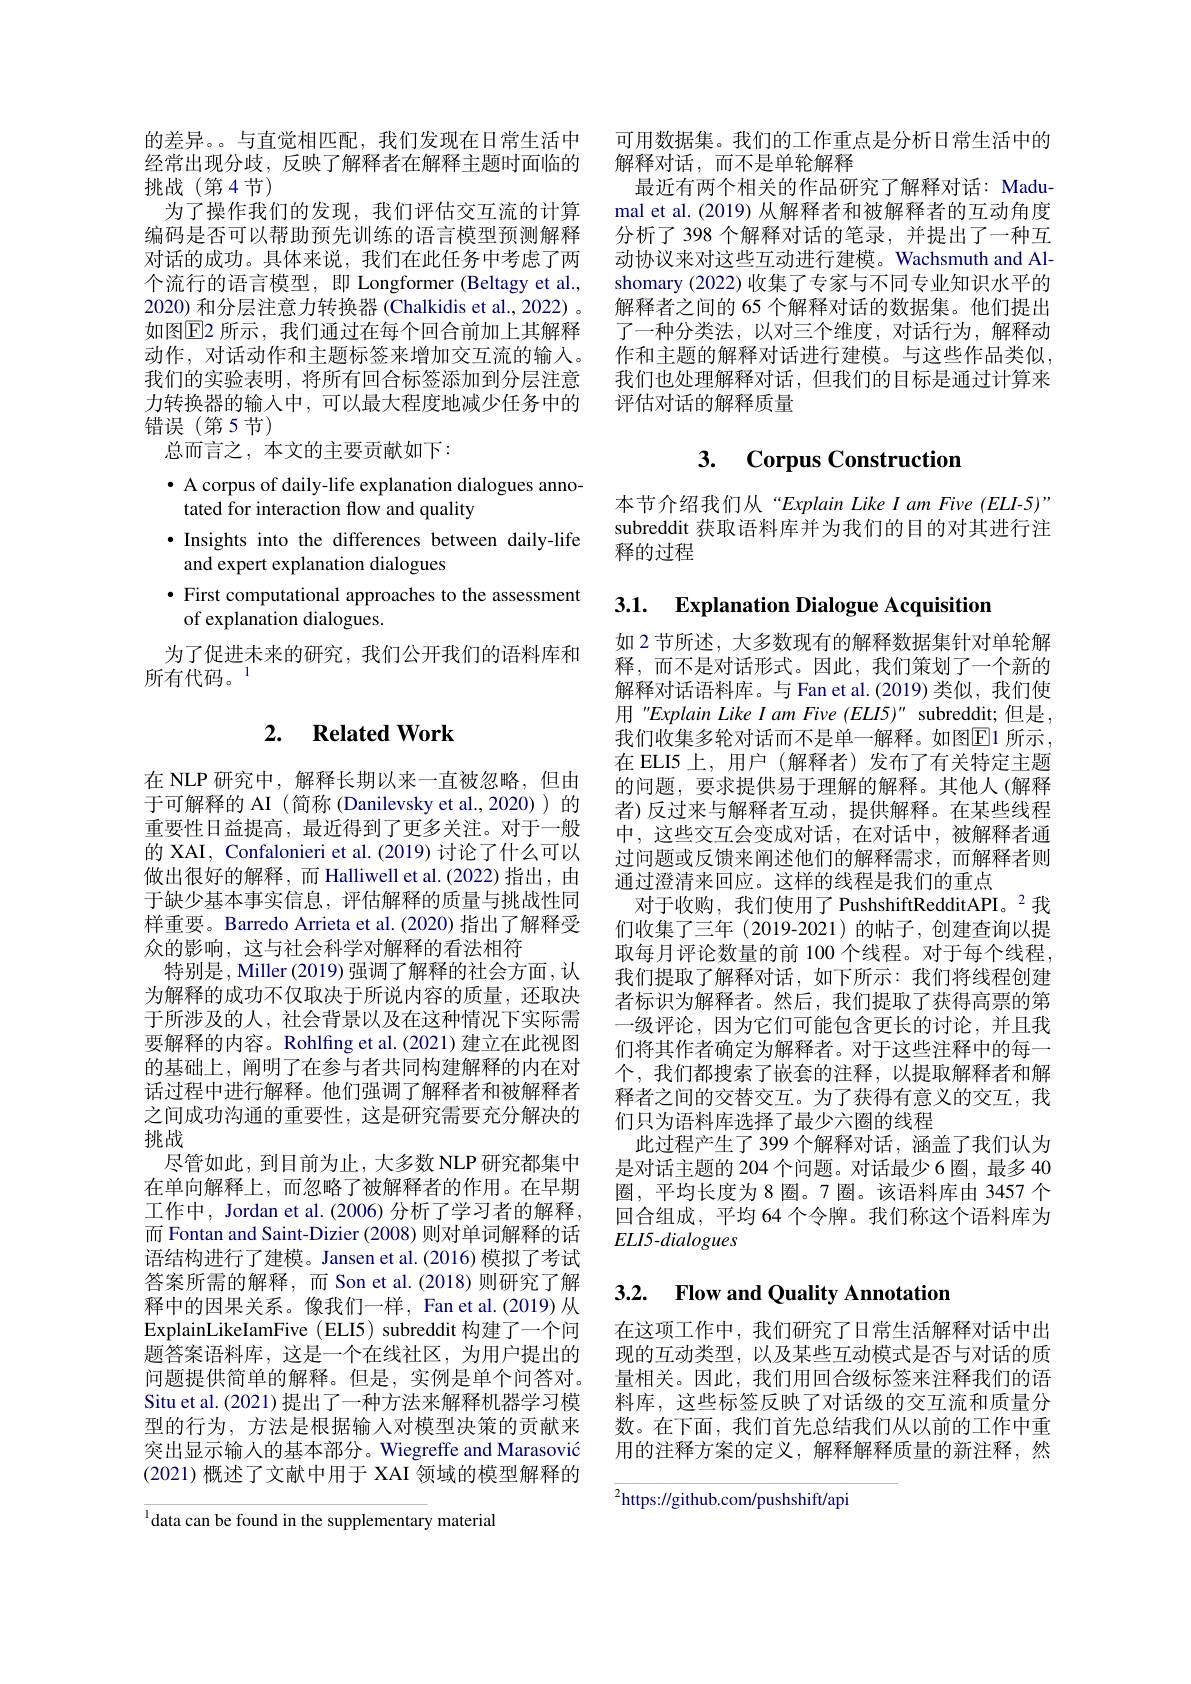
的差异。与直觉相匹配，我们发现在日常生活中经常出现分歧，反映了解释者在解释主题时面临的挑战(第4节)
为了操作我们的发现，我们评估交互流的计算编码是否可以帮助预先训练的语言模型预测解释对话的成功。具体来说，我们在此任务中考虑了两个流行的语言模型，即 Longformer (Beltagy et al., 2020) 和分层注意力转换器 (Chalkidis et al., 2022) 。如图$\overline{\mathbb{E}}$2 所示，我们通过在每个回合前加上其解释动作，对话动作和主题标签来增加交互流的输入。我们的实验表明，将所有回合标签添加到分层注意力转换器的输入中，可以最大程度地减少任务中的错误(第5节)
总而言之，本文的主要贡献如下：

$\bullet$ A corpus of daily-life explanation dialogues anno-
tated for interaction flow and quality
·Insights into the differences between daily-life
and expert explanation dialogues
$\bullet$ First computational approaches to the assessment
of explanation dialogues.
为了促进未来的研究，我们公开我们的语料库和
所有代码。1

## 2. $\textbf{Related Work}$

在 NLP 研究中，解释长期以来一直被忽略，但由于可解释的 AI (简称 (Danilevsky et al.,2020))的重要性日益提高，最近得到了更多关注。对于一般的 XAI, Confalonieri et al. (2019) 讨论了什么可以做出很好的解释，而 Halliwell et al.(2022)指出，由于缺少基本事实信息，评估解释的质量与挑战性同样重要。Barredo Arrieta et al. (2020) 指出了解释受众的影响，这与社会科学对解释的看法相符
特别是，Miller (2019) 强调了解释的社会方面，认为解释的成功不仅取决于所说内容的质量，还取决于所涉及的人，社会背景以及在这种情况下实际需要解释的内容。Rohlfing et al. (2021) 建立在此视图的基础上，阐明了在参与者共同构建解释的内在对话过程中进行解释。他们强调了解释者和被解释者之间成功沟通的重要性，这是研究需要充分解决的挑战
尽管如此，到目前为止，大多数 NLP 研究都集中在单向解释上，而忽略了被解释者的作用。在早期工作中，Jordan et al. (2006) 分析了学习者的解释， 而 Fontan and Saint-Dizier (2008) 则对单词解释的话语结构进行了建模。Jansen et al.(2016) 模拟了考试答案所需的解释，而 Son et al.(2018)则研究了解释中的因果关系。像我们一样，Fan et al.(2019) 从ExplainLikeIamFive (ELI5) subreddit 构建了一个间题答案语料库，这是一个在线社区，为用户提出的问题提供简单的解释。但是，实例是单个间答对。Situ et al. (2021) 提出了一种方法来解释机器学习模型的行为，方法是根据输人对模型决策的贡献来突出显示输入的基本部分。Wiegreffe and Marasović (2021)概述了文献中用于 XAI 领域的模型解释的

l data can be found in the supplementary material

可用数据集。我们的工作重点是分析日常生活中的
解释对话，而不是单轮解释
最近有两个相关的作品研究了解释对话：Madumal et al.(2019) 从解释者和被解释者的互动角度分析了 398 个解释对话的笔录，并提出了一种互动协议来对这些互动进行建模。Wachsmuth and Alshomary (2022) 收集了专家与不同专业知识水平的解释者之间的 65 个解释对话的数据集。他们提出了一种分类法，以对三个维度，对话行为，解释动作和主题的解释对话进行建模。与这些作品类似， 我们也处理解释对话，但我们的目标是通过计算来评估对话的解释质量

## 3. Corpus Construction

本节介绍我们从“Explain Like I am Five (ELI-5)" subreddit 获取语料库并为我们的目的对其进行注释的过程

# 3.1. Explanation Dialogue Acquisition

如 2 节所述，大多数现有的解释数据集针对单轮解释，而不是对话形式。因此，我们策划了一个新的解释对话语料库。与 Fan et al.(2019)类似，我们使用 "Explain Like I am Five (ELI5)" subreddit; 但是， 我们收集多轮对话而不是单一解释。如图$\boxed{\mathrm{E}}1$ 所示 , 在 ELI5 上，用户 (解释者)发布了有关特定主题的问题，要求提供易于理解的解释。其他人(解释者)反过来与解释者互动，提供解释。在某些线程中，这些交互会变成对话，在对话中，被解释者通过问题或反馈来阐述他们的解释需求，而解释者则通过澄清来回应。这样的线程是我们的重点
对于收购，我们使用了 PushshiftRedditAPI。$^{2}$我们收集了三年(2019-2021)的帖子，创建查询以提取每月评论数量的前 100 个线程。对于每个线程， 我们提取了解释对话，如下所示：我们将线程创建者标识为解释者。然后，我们提取了获得高票的第一级评论，因为它们可能包含更长的讨论，并且我们将其作者确定为解释者。对于这些注释中的每一个，我们都搜索了嵌套的注释，以提取解释者和解释者之间的交替交互。为了获得有意义的交互，我们只为语料库选择了最少六圈的线程
此过程产生了 399 个解释对话，涵盖了我们认为是对话主题的 204 个问题。对话最少 6 圈，最多 40圈，平均长度为8圈。7圈。该语料库由 3457 个回合组成，平均 64 个令牌。我们称这个语料库为ELI5-dialogues

## 3.2. Flow and Quality Annotation

在这项工作中，我们研究了日常生活解释对话中出现的互动类型，以及某些互动模式是否与对话的质量相关。因此，我们用回合级标签来注释我们的语料库，这些标签反映了对话级的交互流和质量分数。在下面，我们首先总结我们从以前的工作中重用的注释方案的定义，解释解释质量的新注释，然

$^{2}$https://github.com/pushshift/api